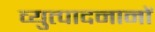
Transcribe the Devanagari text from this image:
व्युत्पादनानों